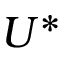
U ^ { \ast }